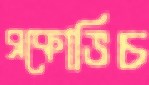
ব্রকোভিচ